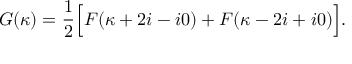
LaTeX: G ( \kappa ) = \frac { 1 } { 2 } \Bigl [ F ( \kappa + 2 i - i 0 ) + F ( \kappa - 2 i + i 0 ) \Bigr ] .